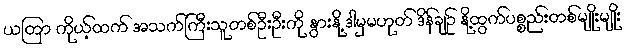
ယတြာ ကိုယ့်ထက် အသက်ကြီးသူတစ်ဦးဦးကို နွားနို့ ဒါမှမဟုတ် ဒိန်ချဥ် နို့ထွက်ပစ္စည်းတစ်မျိုးမျိုး